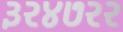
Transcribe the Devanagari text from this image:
३२४७२२